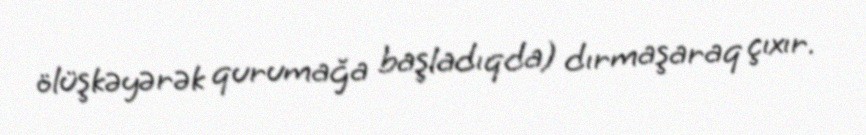
ölüşkəyərək qurumağa başladıqda) dırmaşaraq çıxır.